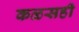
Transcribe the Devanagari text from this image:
कळसही